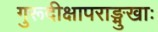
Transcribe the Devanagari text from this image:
गुरूदीक्षापराङ्मुखाः